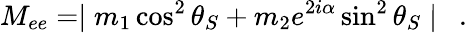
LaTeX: M_{ee}=\mid m_{1}\cos^{2}\theta_{S}+m_{2}e^{2i\alpha}\sin^{2}\theta_{S}\mid\ \ .